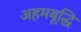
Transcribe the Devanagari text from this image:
अहमबूद्धि